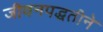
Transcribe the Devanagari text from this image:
जीवनपद्धतीने